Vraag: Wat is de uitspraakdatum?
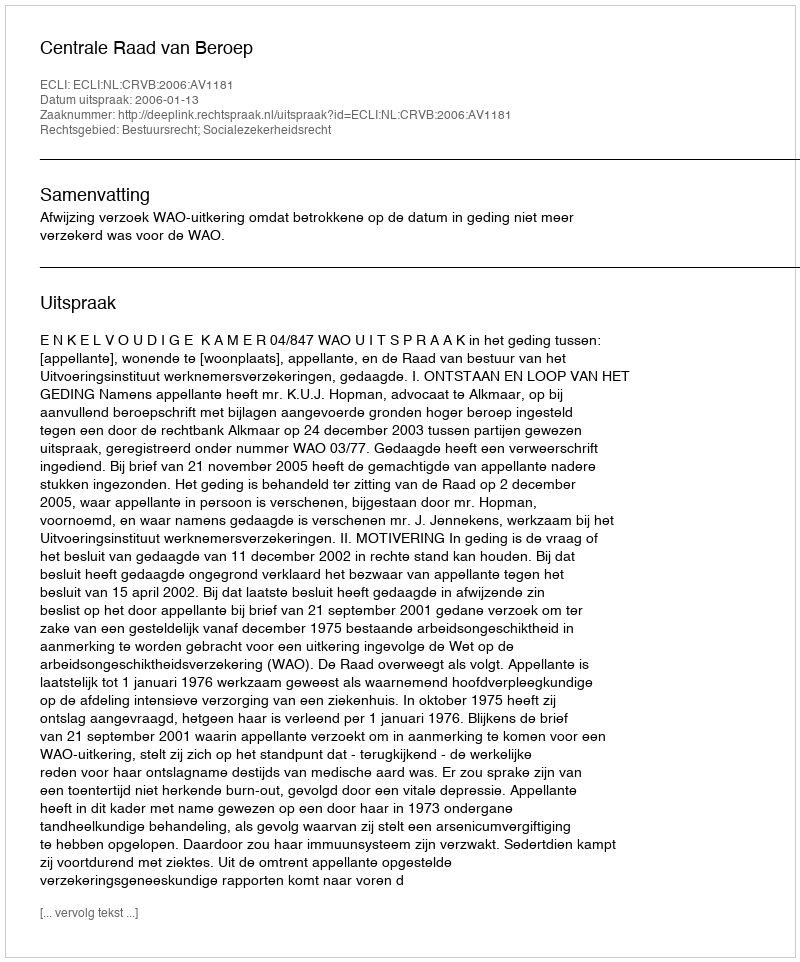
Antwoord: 2006-01-13